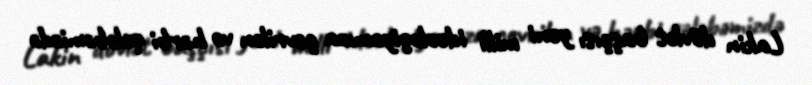
Lakin dövlət başçısı yeni milli ideologiyamıza çevrilən və hərbi qələbəmizdə